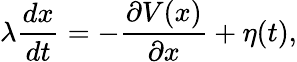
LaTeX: \lambda{\frac{dx}{dt}}=-{\frac{\partial V(x)}{\partial x}}+\eta(t),